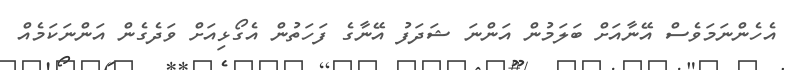
އެހެންނަމަވެސް އޭނާއަށް ބަލަމުން އަންނަ ޝަދަފު އޭނާގެ ފަހަތުން އެގޯޅިއަށް ވަދެގެން އަންނަކަމެއް